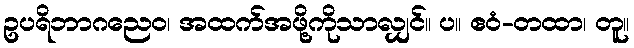
ဥပရိဘာဂညေဝ၊ အထက်အဖို့ကိုသာလျှင်။ ပ။ ဧဝံ-တထာ၊ တူ။